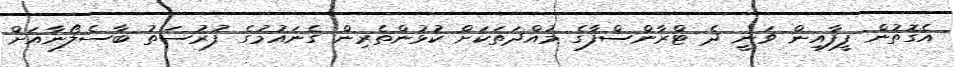
އެގޮތުން ފީފާއިން ވަނީ ދެ ޓްރާންސްފާގެ މުއްދަތަކަށް ކުޅުންތެރިން ގެނައުމުގެ ފުރުސަތު ބާސެލޯނާއަށް